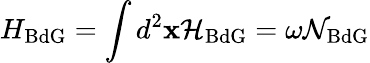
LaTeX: H_{\mathrm{BdG}}=\int d^{2}\mathbf{x}\mathcal{H}_{\mathrm{BdG}}=\omega\mathcal{N}_{\mathrm{BdG}}